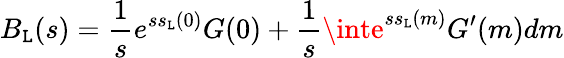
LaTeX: B_{\mathtt{L}}(s)=\frac{{1}}{{s}}e^{ss_{\mathtt{L}}(0)}G(0)+\frac{{1}}{{s}}\inte^{ss_{\mathtt{L}}(m)}G^{\prime}(m)dm